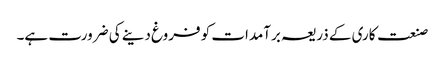
صنعت کاری کے ذریعہ برآمدات کو فروغ دینے کی ضرورت ہے۔